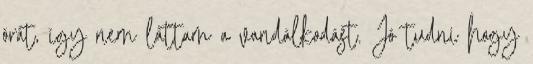
órát, így nem láttam a vandálkodást. Jó tudni hogy